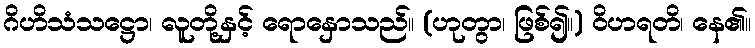
ဂိဟိသံသဋ္ဌော၊ လူတို့နှင့် ရောနှောသည်။ (ဟုတွာ၊ ဖြစ်၍။) ဝိဟရတိ၊ နေ၏။